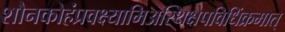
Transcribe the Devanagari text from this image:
शौनकोहंप्रवक्ष्यामिअस्थिक्षेपविधिंक्रमात्